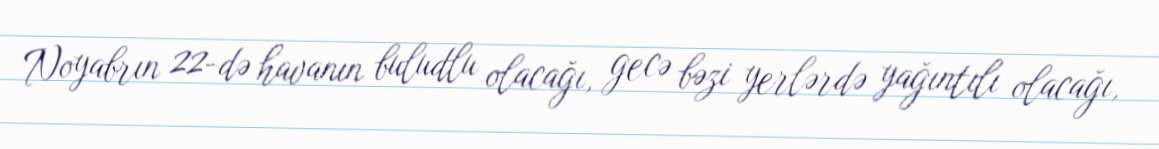
Noyabrın 22-də havanın buludlu olacağı, gecə bəzi yerlərdə yağıntılı olacağı,